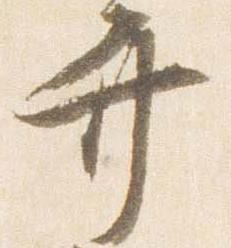
少